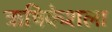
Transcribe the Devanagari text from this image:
ऋषिकेशला